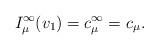
LaTeX: \begin{align*} I_{\mu}^{\infty}(v_1)=c_{\mu}^{\infty}= c_{\mu}.\end{align*}